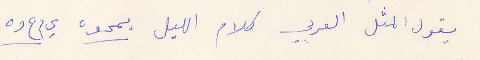
يقول المثل العربي كلام الليل يمحوه ي م ح و ه